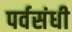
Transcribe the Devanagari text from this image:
पर्वसंधी